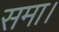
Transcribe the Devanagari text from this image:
समा।